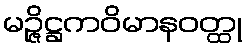
မဉ္ဇိဋ္ဌကဝိမာနဝတ္ထု